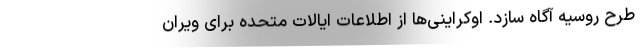
طرح روسیه آگاه سازد. اوکراینی‌ها از اطلاعات ایالات متحده برای ویران